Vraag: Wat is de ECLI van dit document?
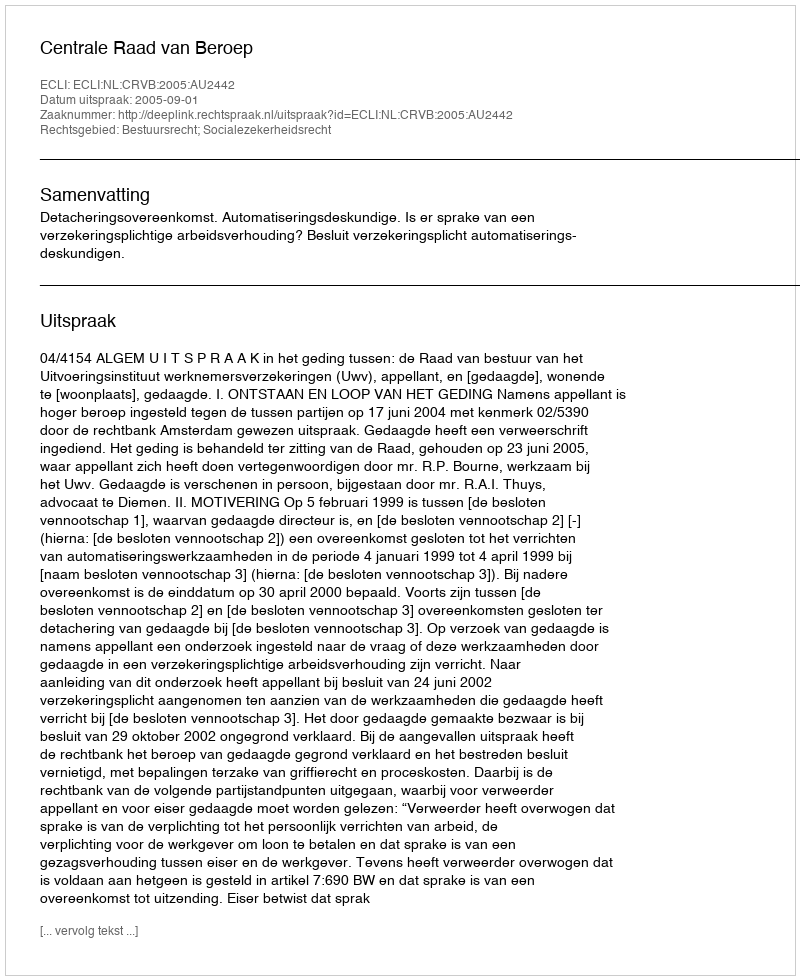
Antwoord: ECLI:NL:CRVB:2005:AU2442